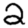
Digit: 2